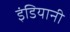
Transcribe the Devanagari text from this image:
इंडियानी